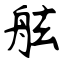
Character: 舷